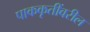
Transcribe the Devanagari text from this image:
पाककृतींवरील